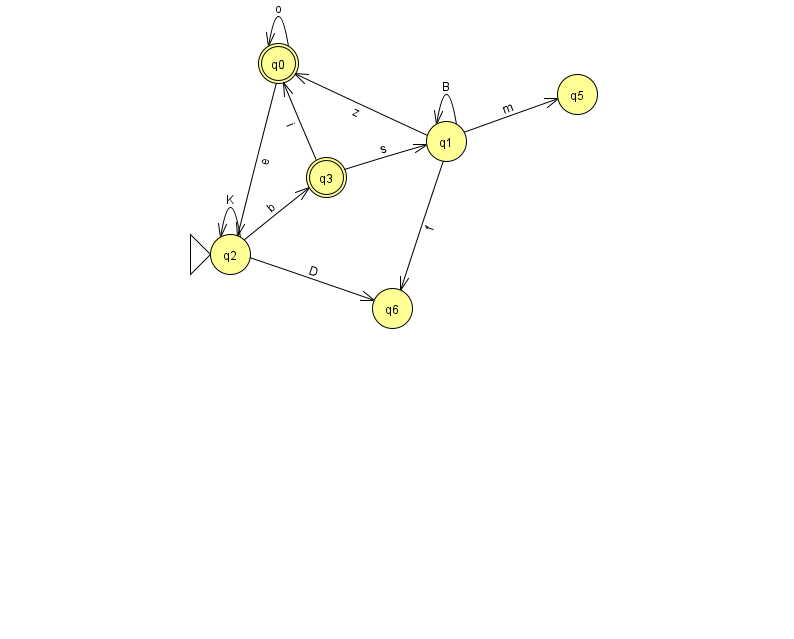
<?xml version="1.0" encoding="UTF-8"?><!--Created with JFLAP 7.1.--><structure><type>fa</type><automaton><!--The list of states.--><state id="0" name="q0"><x>278.0</x><y>50.0</y><final/></state><state id="1" name="q1"><x>446.0</x><y>128.0</y></state><state id="2" name="q2"><x>230.0</x><y>241.0</y><initial/></state><state id="3" name="q3"><x>326.0</x><y>164.0</y><final/></state><state id="5" name="q5"><x>577.0</x><y>81.0</y></state><state id="6" name="q6"><x>392.0</x><y>295.0</y></state><!--The list of transitions.--><transition><from>1</from><to>1</to><read>B</read></transition><transition><from>3</from><to>1</to><read>s</read></transition><transition><from>2</from><to>6</to><read>D</read></transition><transition><from>0</from><to>2</to><read>e</read></transition><transition><from>1</from><to>5</to><read>m</read></transition><transition><from>3</from><to>0</to><read>i</read></transition><transition><from>1</from><to>0</to><read>z</read></transition><transition><from>1</from><to>6</to><read>f</read></transition><transition><from>2</from><to>2</to><read>K</read></transition><transition><from>2</from><to>3</to><read>b</read></transition><transition><from>0</from><to>0</to><read>o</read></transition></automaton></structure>